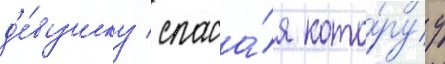
д'е́вушку / спаса́я кото́руу